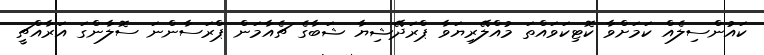
ކައުންސިލެއް ކަމަށްވާ ކޮޓިކަވައްތަ މުއްލޭރިޔަވާ ޕްރަދޭޝިޔާ ޝަބާގެ ޗެއާމަން ޕްރަސާންނަ ސޮލާންގަ އަރާއްޗީ